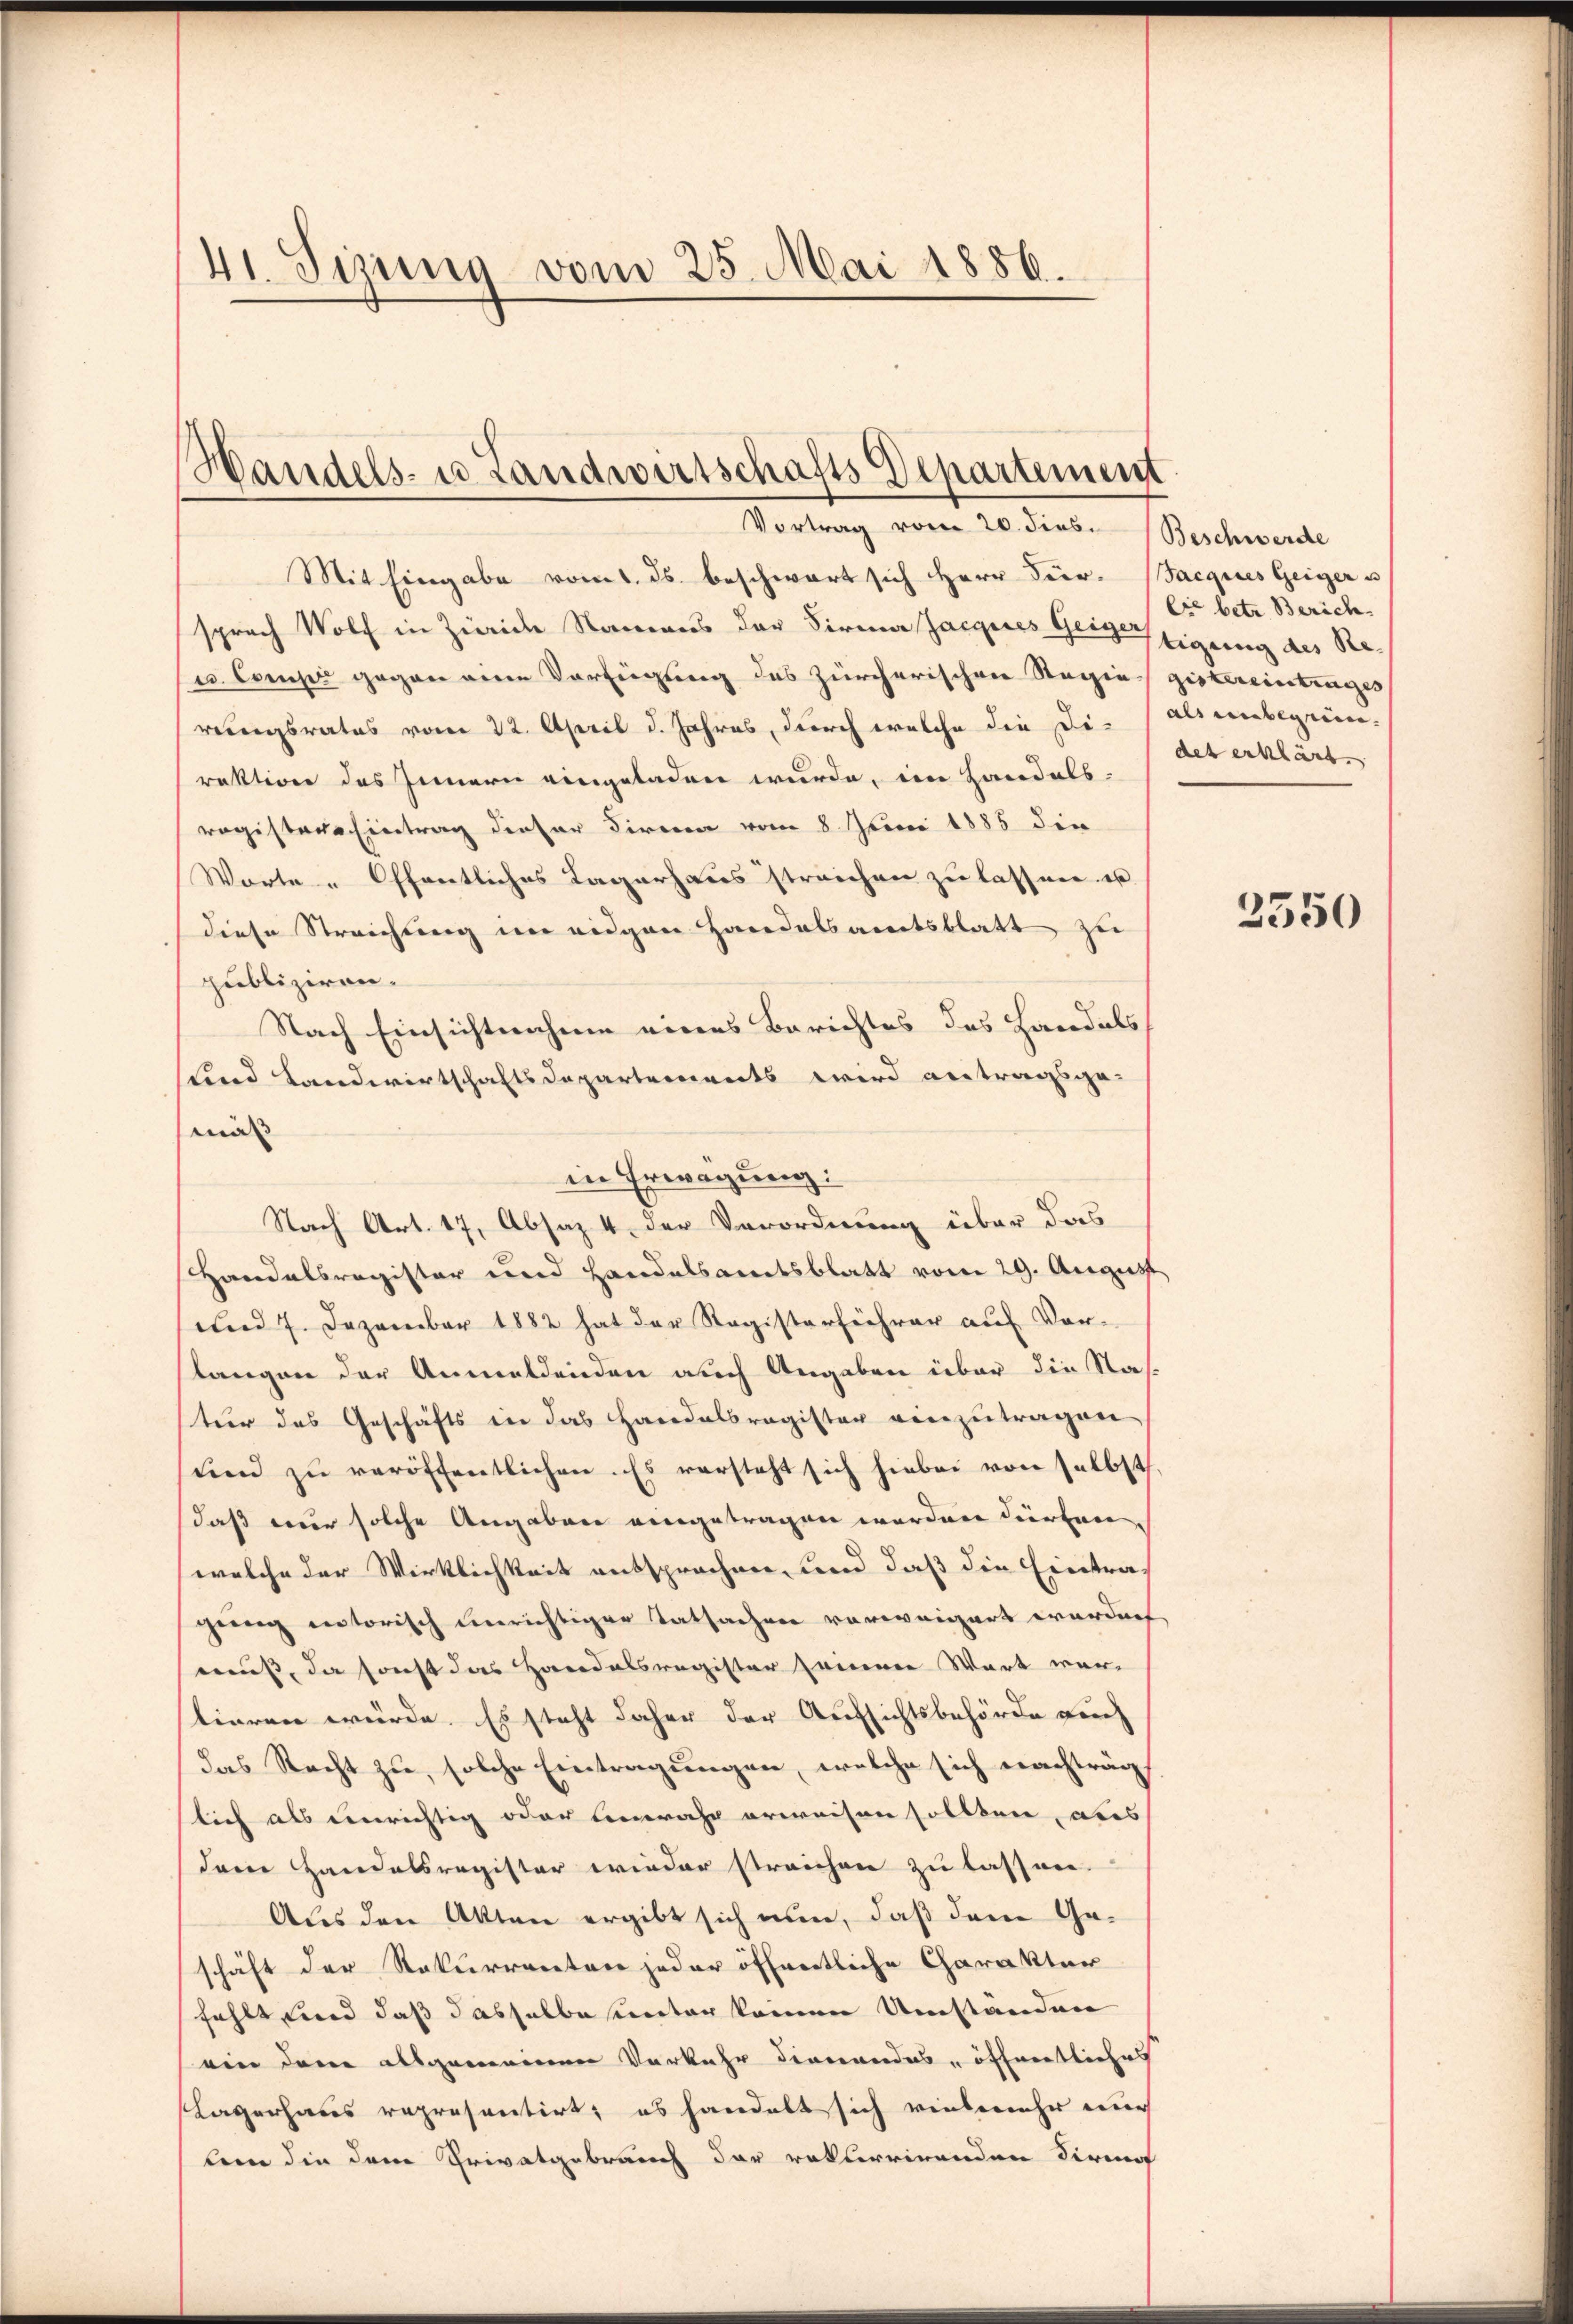
41. Sizung vom 25. Mai 1886.

Handels- u. Landwirtschafts Departement
Vortrag vom 20. dies. Beschwerde

Mit Eingabe vom 1. ds. beschwart sich Herr Fier- Jacques Geiger u
sprach Wolf in Zürich Namens der Firma Jacques Geigenstigung des Re¬
u. Compe gegen eine Verfügung des Zürcherischen Regie
rungsrates vom 22. April d. Jahres, durch welche die Di- als unbegrünraktion des Innern eingeladen wurde, ein Handels-
registere Eintrag dieser Firmen vom 8. Juni 1885 die
Worte „ Öffentliches Lagerhaus streichen zu lassenen es
diese Streichung im eidgen Handelsamtsblatt zu
publiziren.
Nach Einsichtnahme eines Berichtes des Hardals
sund Landwirtschaftsdepartements wird antragsge-
mas |
in Erwägung:
Nach Art. 17, Absaz 4. der Verordnung über das
Handelsregister und Handelsamtsblatt vom 29. August
(und 7. Dezember 1882 hat der Registerführer aŭf Vor-
langen der Anmeldenden auch Angaben über die Nase
tur das Geschäfts in das Handelbragister einzutragen
und zŭ veröffentlichen. Es versteht sich hiebei von selbst
daß nur solche Angaben eingetragen worden dürfen,
welche der Wirklichkeit entsprochen, und daß die Eintrag
ging notorisch unrichtiger Tatsacheer vorweigert werden.
mus, da sonst das Handelsregister seinen Wart wer-
lieren würde. Es steht daher der Aufsichtsbehörde reich
das Recht zu, solche Eintragungen, welche sich nachträg
lich als unrichtig oder unwahr erweisen sollten, aus
dann Handelsregister wieder streichen zu lassen.
Aus den Akten ergibt sich nun, daß dem Geschäft der Rekurrenten jeder öffentliche Charakter
fehlt und daß dasselbe unter keinen Umständen
ein dem allgemeinen Vorkehr dienendes öffentliches
Lagerhaus repräsentirt, es handelt sich vielmehr nur
lein die dem Privatgebrauch der rekurrirenden Firma

Sie betr. Zürich.
gistereintrages
des erklärt.

2550